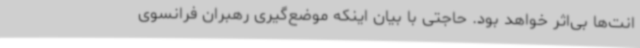
انت‌ها بی‌اثر خواهد بود. حاجتی با بیان اینکه موضع‌گیری رهبران فرانسوی